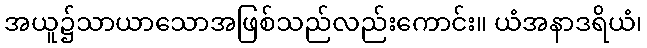
အယူ၌သာယာသောအဖြစ်သည်လည်းကောင်း။ ယံအနာဒရိယံ၊